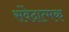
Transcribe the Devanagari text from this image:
संवेदात्मक